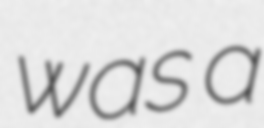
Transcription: was a